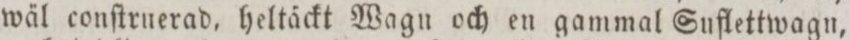
wäl conſtruerad, heltäckt Wagn och en gammal Suflettwagn,